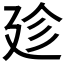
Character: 𢌝